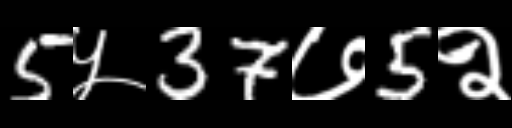
Text: 5५37७5२